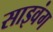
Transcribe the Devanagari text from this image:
साइवंग